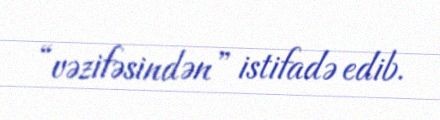
“vəzifəsindən” istifadə edib.